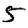
Digit: 5